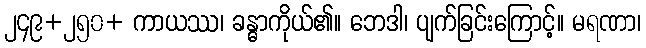
၂၄၉+၂၅၀+ ကာယဿ၊ ခန္ဓာကိုယ်၏။ ဘေဒါ၊ ပျက်ခြင်းကြောင့်။ မရဏာ၊